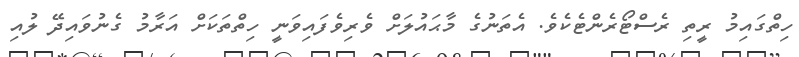
ހިތްގައިމު ރީތި ރެސްޓޯރެންޓެކެވެ. އެތަނުގެ މާޙައުލަށް ވެރިވެފައިވަނީ ހިތްތަކަށް އަރާމު ގެނުވައިދޭ ލުއި